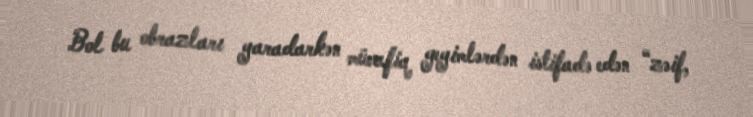
Bol bu obrazları yaradarkən müvafiq geyimlərdən istifadə edən “zəif,